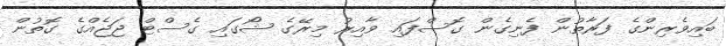
ބައިވެރިންގެ ފަރާތުން ފެނިގެން ގޮސްފައި ވާއިރު މިރޭގެ ޝޯގައި ގެސްޓް ޖަޖެއްގެ ގޮތުން